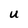
Character: U